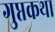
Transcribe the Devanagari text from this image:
गुप्तकथा